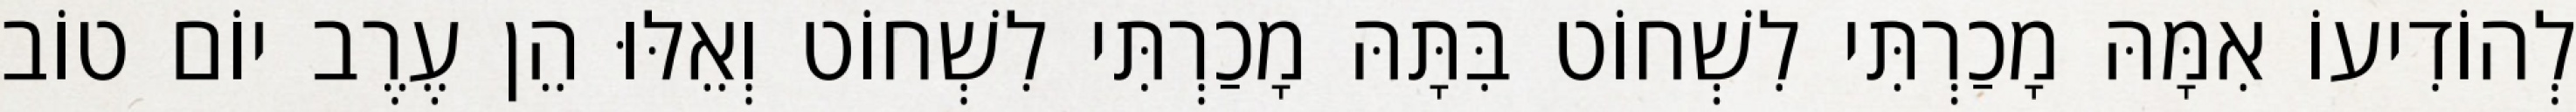
לְהוֹדִיעוֹ אִמָּהּ מָכַרְתִּי לִשְׁחוֹט בִּתָּהּ מָכַרְתִּי לִשְׁחוֹט וְאֵלּוּ הֵן עֶרֶב יוֹם טוֹב